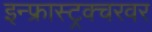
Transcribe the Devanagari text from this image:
इन्फ्रास्ट्रक्चरवर